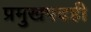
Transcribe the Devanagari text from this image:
प्रमुखपदही